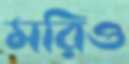
মরিও